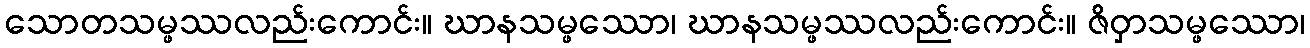
သောတသမ္ဖဿလည်းကောင်း။ ဃာနသမ္ဖဿော၊ ဃာနသမ္ဖဿလည်းကောင်း။ ဇိဝှာသမ္ဖဿော၊